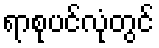
ရာစုပင်လုံတွင်